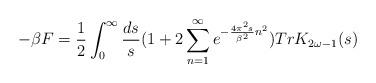
LaTeX: \begin{align*}-\beta F={1 \over 2}\int_{0}^{\infty}{ds \over s}(1+2\sum_{n=1}^{\infty} e^{-{4\pi^{2} s \over \beta^{2}} n^2}) Tr K_{2\omega-1}(s)\end{align*}